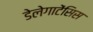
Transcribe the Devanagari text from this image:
डेलेगाटेंसिस